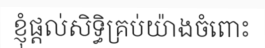
ខ្ញុំផ្តល់សិទ្ធិគ្រប់យ៉ាងចំពោះ